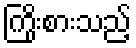
ကြိုးစားသည့်